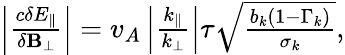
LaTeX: \begin{array}{r}{\left|\frac{c\delta E_{\parallel}}{\delta\mathbf{B}_{\perp}}\right|=v_{A}\left|\frac{k_{\parallel}}{k_{\perp}}\right|\tau\sqrt{\frac{b_{k}\left(1-\Gamma_{k}\right)}{\sigma_{k}}},}\end{array}